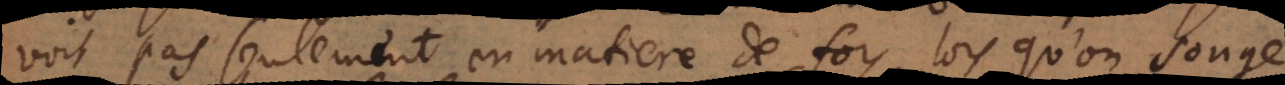
voit pas seulement en matiere de foy, lorsqu’on songe